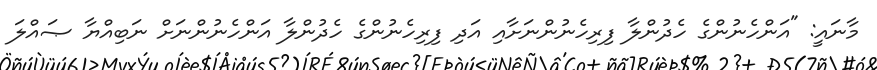
މާނައީ: "އަންހެނުންގެ ހެދުންލާ ފިރިހެނުންނަށާއި އަދި ފިރިހެނުންގެ ހެދުންލާ އަންހެނުންނަށް ނަބިއްޔާ ޞައްލަ